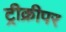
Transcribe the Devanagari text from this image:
ट्रीक्रीपर